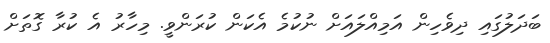
ބަދަލުގައި ދިވެހިން އަމިއްލައަށް ނުކުމެ އެކަން ކުރަންވީ. މިހާރު އެ ކުރާ ގޮތަށް